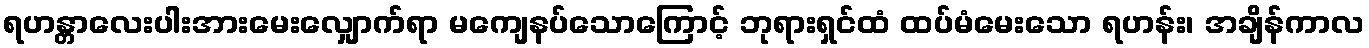
ရဟန္တာလေးပါးအားမေးလျှောက်ရာ မကျေနပ်သောကြောင့် ဘုရားရှင်ထံ ထပ်မံမေးသော ရဟန်း၊ အချိန်ကာလ